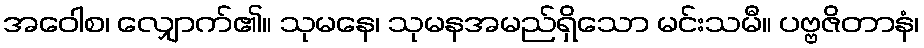
အဝေါစ၊ လျှောက်၏။ သုမနေ၊ သုမနအမည်ရှိသော မင်းသမီ။ ပဗ္ဗဇိတာနံ၊